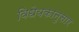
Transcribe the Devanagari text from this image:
विधेयकानुसार